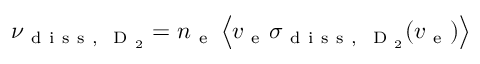
\nu _ { \mathrm { ~ d ~ i ~ s ~ s ~ , ~ } \mathrm { ~ D ~ } _ { 2 } } = n _ { \mathrm { ~ e ~ } } \left\langle v _ { \mathrm { ~ e ~ } } \sigma _ { \mathrm { ~ d ~ i ~ s ~ s ~ , ~ } \mathrm { ~ D ~ } _ { 2 } } ( v _ { \mathrm { ~ e ~ } } ) \right\rangle